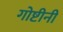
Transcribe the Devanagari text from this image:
गोष्टीनी